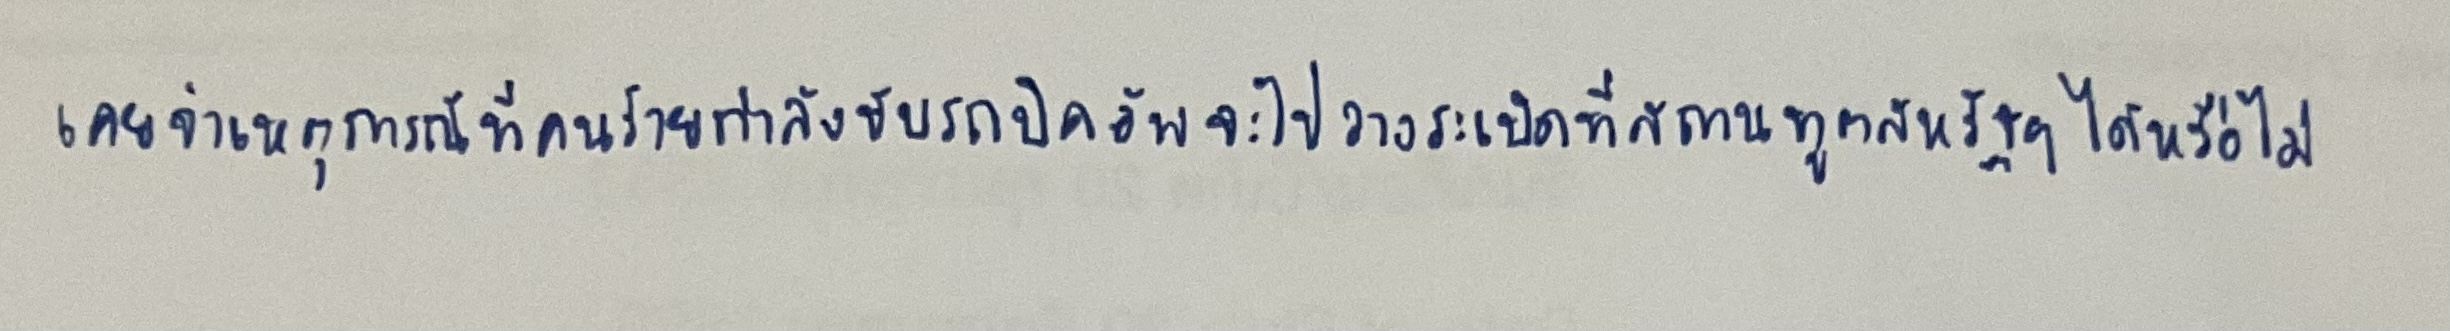
เคยจำเหตุการณ์ที่คนร้ายกำลังขับรถปิคอัพจะไปวางระเบิดที่สถานทูตสหรัฐฯได้หรือไม่